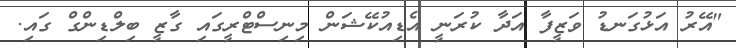
"އޭރު އަޅުގަނޑު ވަޒީފާ އަދާ ކުރަނީ އެޑިއުކޭޝަން މިނިސްޓްރީގައި ގާޒީ ބިލްޑިންގް ގައި.